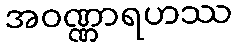
အဝဏ္ဏာရဟဿ